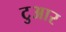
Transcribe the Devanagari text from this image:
टुआर